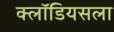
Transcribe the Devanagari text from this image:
क्लॉडियसला